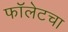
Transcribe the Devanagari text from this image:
फॉलेटचा